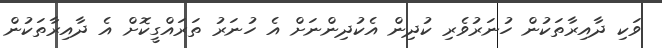
ވަކި ދާއިރާތަކުން ހުނަރުވެރި ކުދިން އެކުދިންނަށް އެ ހުނަރު ތަރައްގީކޮށް އެ ދާއިރާތަކުން